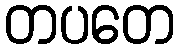
တပတေ